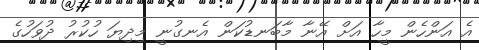
އެ އަަންހެން މީހާ އަށް އޭނާ މާބަނޑުކަން އެނގުނީ މިދިޔަ ހުކުރު ދުވަހުގެ